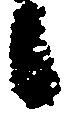
候